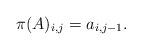
LaTeX: \begin{align*}\pi(A)_{i,j} = a_{i,j-1}.\end{align*}